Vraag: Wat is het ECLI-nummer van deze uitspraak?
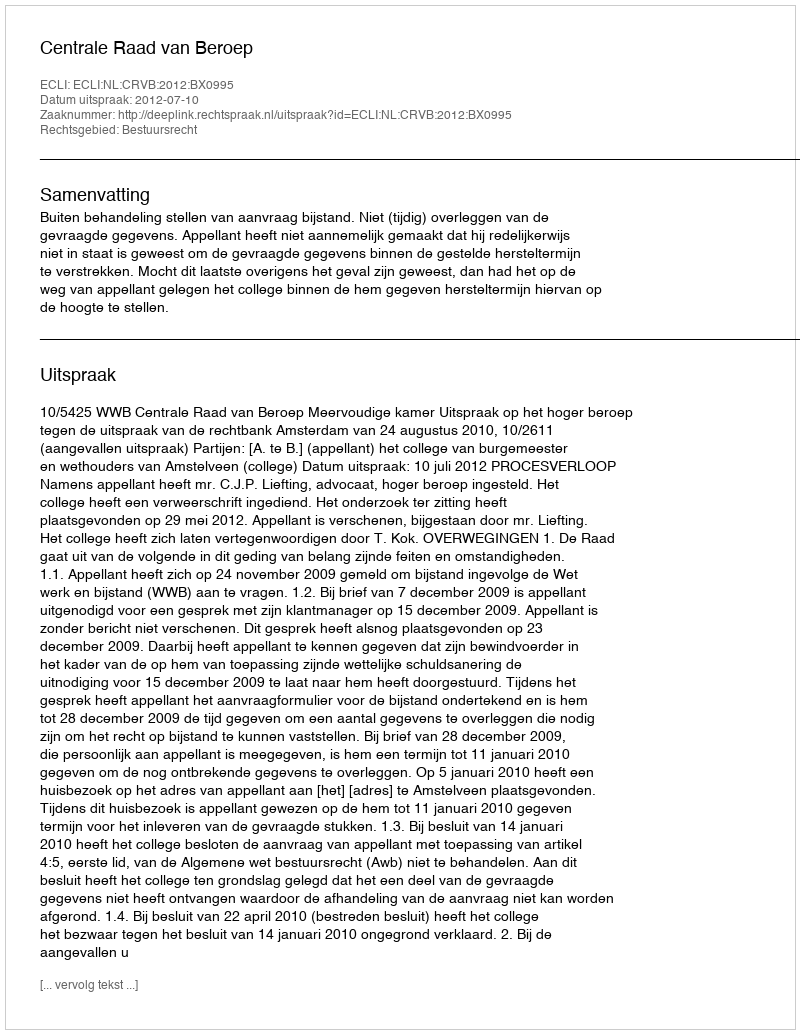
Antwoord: ECLI:NL:CRVB:2012:BX0995